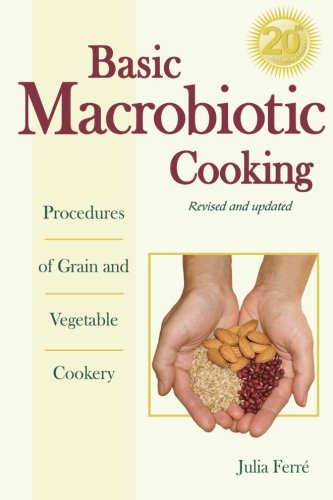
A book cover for Basic Macrobiotic Cooking, 20th Anniversary Edition: Procedures of Grain and Vegetable Cookery; Julia Ferre; Health, Fitness & Dieting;